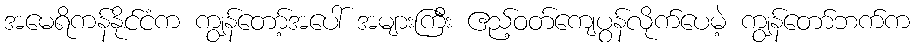
အမေရိကန်နိုင်ငံက ကျွန်တော့်အပေါ် အများကြီး ဧည့်ဝတ်ကျေပွန်လိုက်ပေမဲ့ ကျွန်တော်ဘက်က